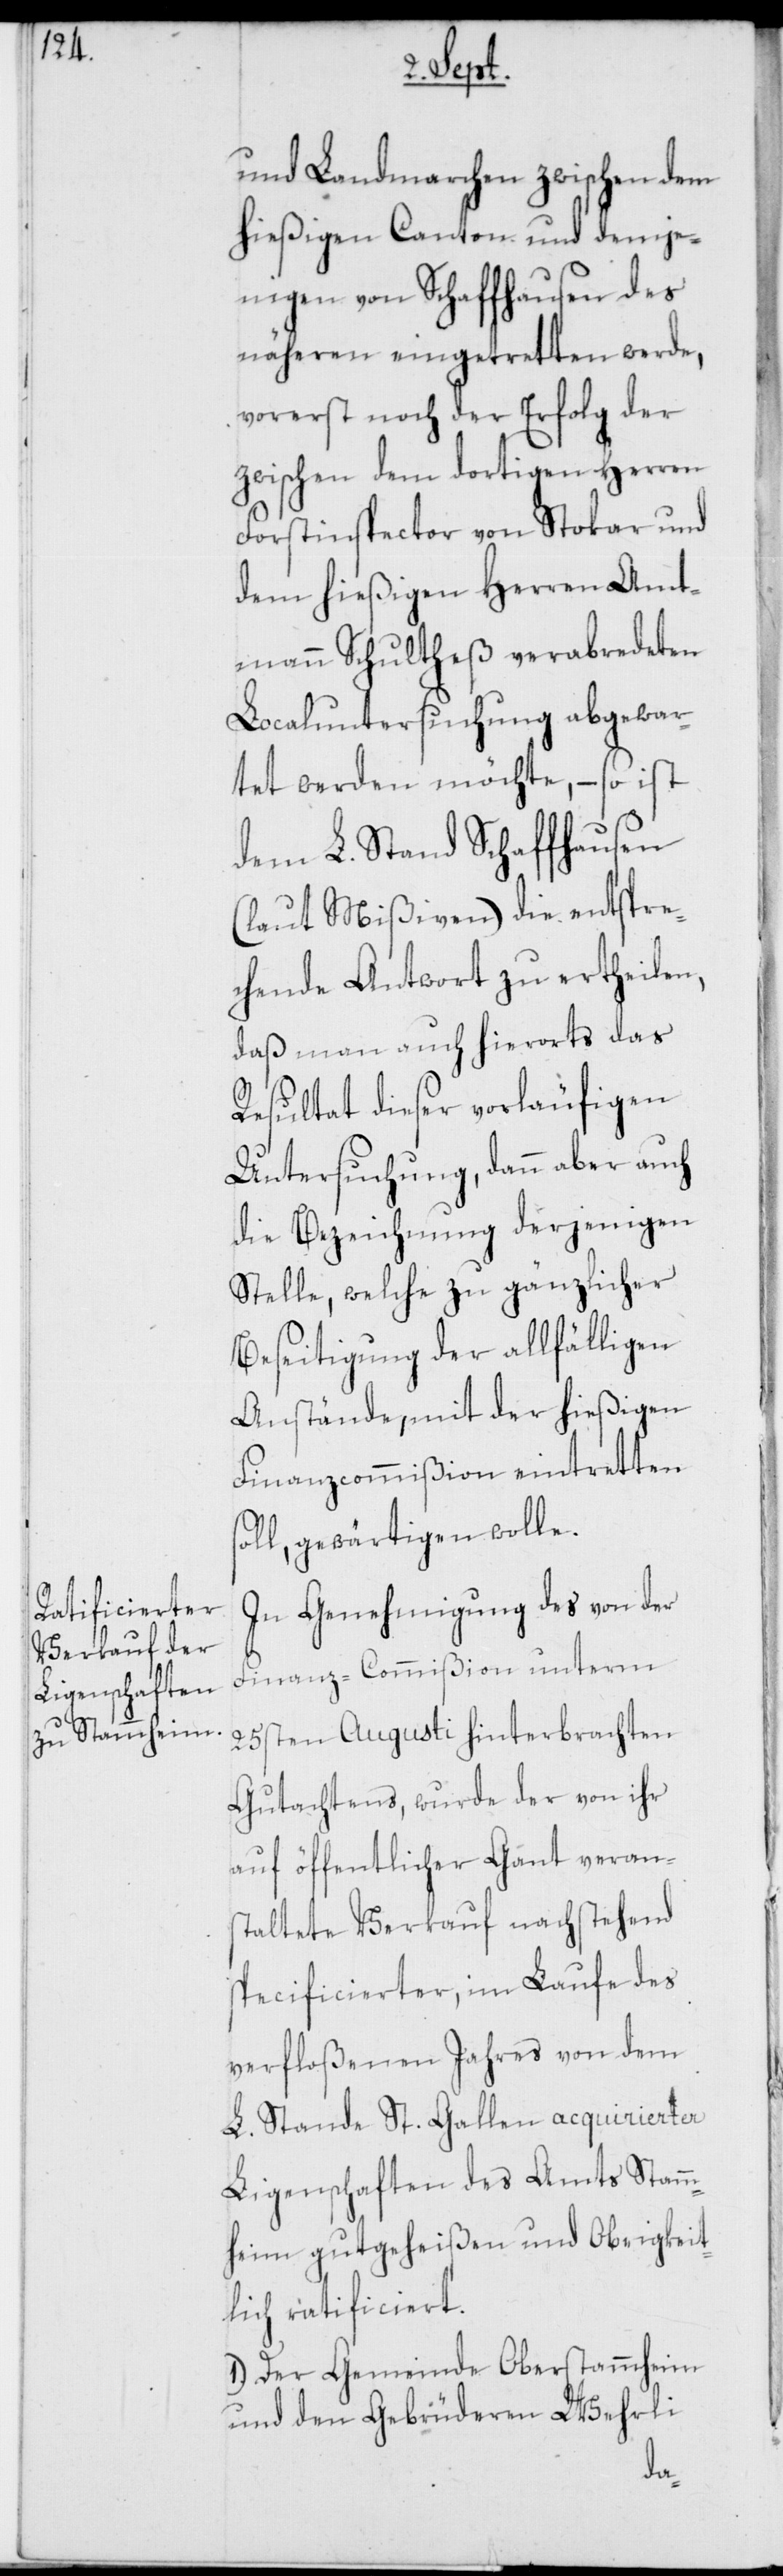
und Landmarchen zwischen dem
hießigen Canton und demje¬
nigen von Schaffhausen des
näheren eingetretten werde,
vorerst noch der Erfolg der
zwischen dem dortigen Herren
Forstinspector von Stokar und
dem hießigen Herren Amt¬
mann Schultheß verabredeten
Localuntersuchung abgewar¬
tet werden möchte, – so ist
dem L. Stand Schaffhausen
(laut Mißiven) die entspre¬
chende Antwort zu ertheilen,
daß man auch hierorts das
Resultat dieser vorläufigen
Untersuchung, dann aber auch
die Bezeichnung derjenigen
Stelle, welche zu gänzlicher
Beseitigung der allfälligen
Anstände, mit der hießigen
Finanzcommißion eintretten
soll, gewärtigen wolle.
In Genehmigung des von der
Finanz-Commißion unterm
25sten Augusti hinterbrachten
Gutachtens, wurde der von ihr
auf öffentlicher Gant veran¬
staltete Verkauf nachstehend
specificierter, im Laufe des
verfloßenen Jahres von dem
L. Stande St. Gallen acquirierter
Ligenschaften des Amts Stamm¬
heim gutgeheißen und Obrigkeit¬
lich ratificiert.
1.) Der Gemeinde Oberstammheim
und den Gebrüderen Wehrli